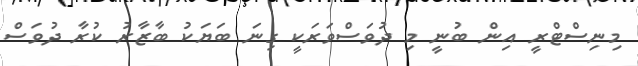
މިނިސްޓްރީ އިން ބުނީ މި ދުވަސްވަރަކީ ގިނަ ބަޔަކު ބާޒާރު ކުރާ ދުވަސް